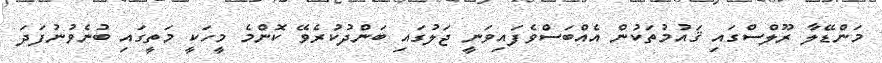
މަންޑޭލާ ރޫލްސްގައި ޤައުމުތަކުން އެއްބަސްވެފައިވަނީ ޖަލުގައި ބަންދުކުރެވޭ ކޮންމެ މީހަކީ މަތީގައި ބުނެވުނުފަދަ